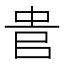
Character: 𠳋